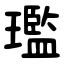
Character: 璼